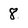
Character: 8